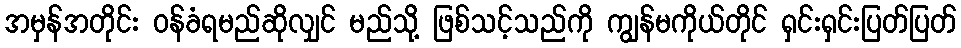
အမှန်အတိုင်း ဝန်ခံရမည်ဆိုလျှင် မည်သို့ ဖြစ်သင့်သည်ကို ကျွန်မကိုယ်တိုင် ရှင်းရှင်းပြတ်ပြတ်